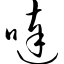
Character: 哒